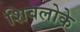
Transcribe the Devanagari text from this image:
शिवलोके